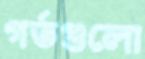
গর্তগুলো